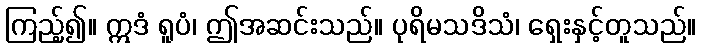
ကြည့်၍။ ဣဒံ ရူပံ၊ ဤအဆင်းသည်။ ပုရိမသဒိသံ၊ ရှေးနှင့်တူသည်။